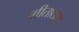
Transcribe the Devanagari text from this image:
गीतातत्व